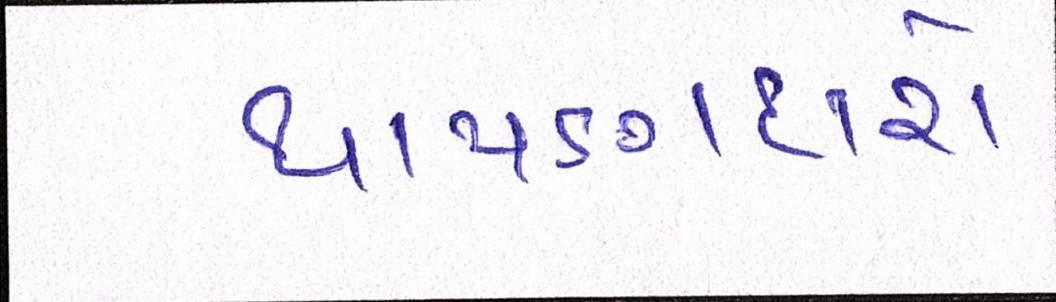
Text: થાપણદારો